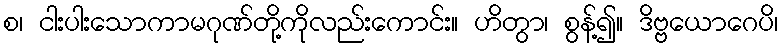
စ၊ ငါးပါးသောကာမဂုဏ်တို့ကိုလည်းကောင်း။ ဟိတွာ၊ စွန့်၍။ ဒိဗ္ဗယောဂေပိ၊